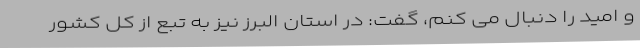
و امید را دنبال می کنم، گفت: در استان البرز نیز به تبع از کل کشور